Leaving Certificate Examination (including Day School Certificate (Higher) General paper), 1931
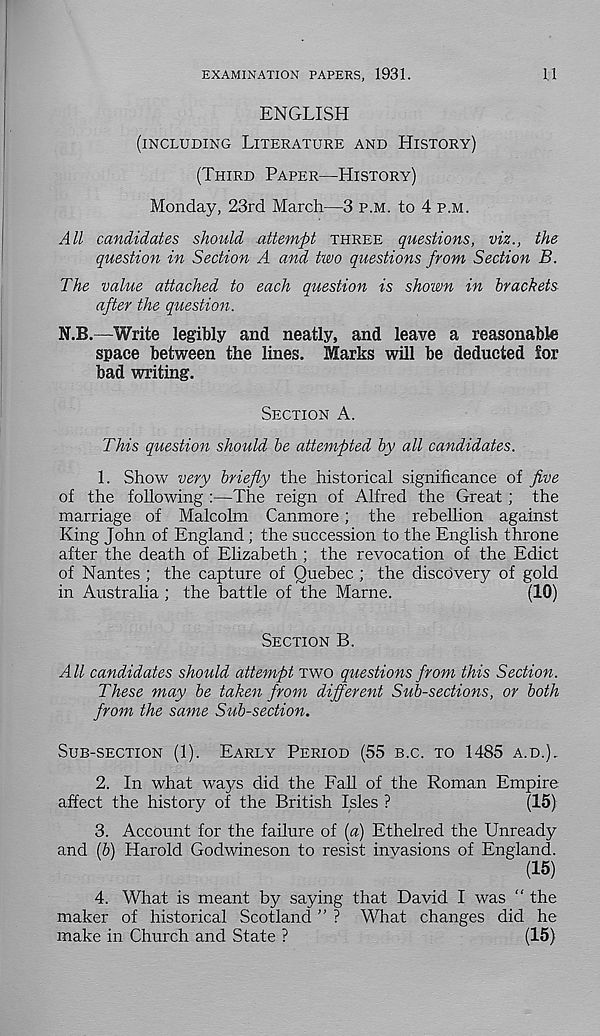
EXAMINATION PAPERS, 1931.
1.1
ENGLISH
(INCLUDING LITERATURE AND HISTORY)
(THIRD PAPER—HISTORY)
Monday, 23rd March—3 P.M. to 4 P.M.
All candidates should attempt THREE questions, viz., the
question in Section A and two questions from Section B.
The value attached to each question is shown in brackets
after the question.
N.B.—Write legibly and neatly, and leave a reasonable
space between the lines. Marks will be deducted lor
bad writing.
SECTION A.
This question should be attempted by all candidates.
1. Show very briefly the historical significance of five
of the following :—The reign of Alfred the Great; the
marriage of Malcolm Canmore; the rebellion against
King John of England ; the succession to the English throne
after the death of Elizabeth ; the revocation of the Edict
of Nantes ; the capture of Quebec ; the discovery of gold
in Australia ; the battle of the Marne.
(10)
SECTION B.
All candidates should attempt TWO questions from this Section.
These may be taken from different Sub-sections, or both
from the same Sub-section.
SUB-SECTION (1). EARLY PERIOD (55 B.C. TO 1485 A.D.).
2. In what ways did the Fall of the Roman Empire
affect the history of the British Isles ?
(15)
3. Account for the failure of {a) Ethelred the Unready
and (5) Harold Godwineson to resist invasions of England.
(15)
4. What is meant by saying that David I was " the
maker of historical Scotland ” ? What changes did he
make in Church and State ?
(15)